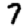
Digit: 7